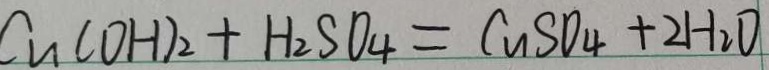
C u ( O H ) _ { 2 } + H _ { 2 } S O _ { 4 } = C u S O _ { 4 } + 2 H _ { 2 } O